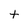
Character: t